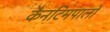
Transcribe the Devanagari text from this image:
कैनटिमपालो